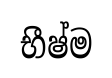
භීෂ්ම